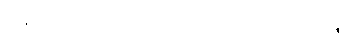
အရာရှိကြီးက ခေါင်းတဆတ်ဆတ် လုပ်နေ၏။